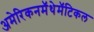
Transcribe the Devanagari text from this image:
अमेरिकनमॅथेमॅटिकल